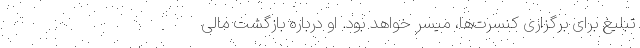
تبلیغ برای برگزاری کنسرت‌ها، میسر خواهد بود. او درباره بازگشت مالی